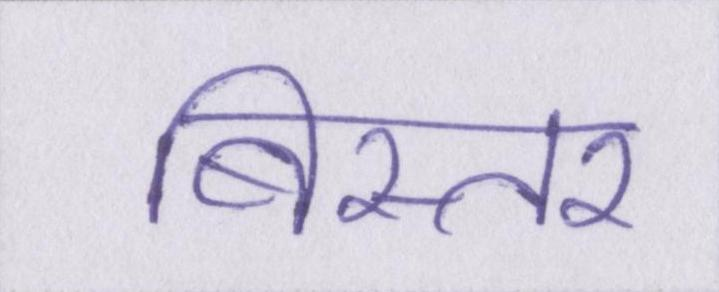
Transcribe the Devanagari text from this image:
बिस्तर